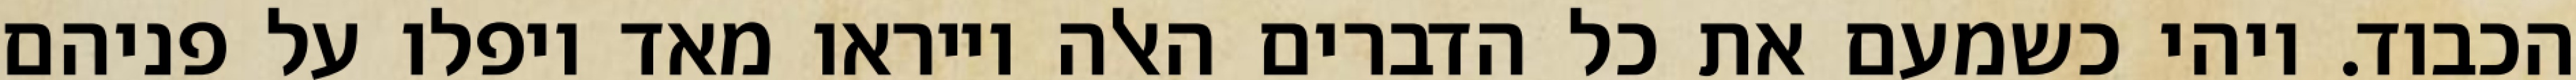
הכבוד. ויהי כשמעם את כל הדברים האלה וייראו מאד ויפלו על פניהם